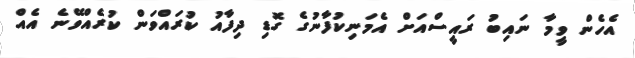
އެހެން ވީމާ ނައިބު ރައީސްއަށް އެމަނިކުފާނުގެ ގޮޑި ދިފާއު ކުރައްވަން ކުރެއްވޭނެ އެއް